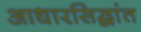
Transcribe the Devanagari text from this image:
आधारसिद्धांत